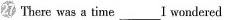
27 There was a time ___ I wondered